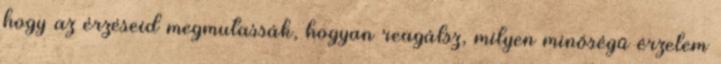
hogy az érzéseid megmutassák, hogyan reagálsz, milyen minőségű érzelem